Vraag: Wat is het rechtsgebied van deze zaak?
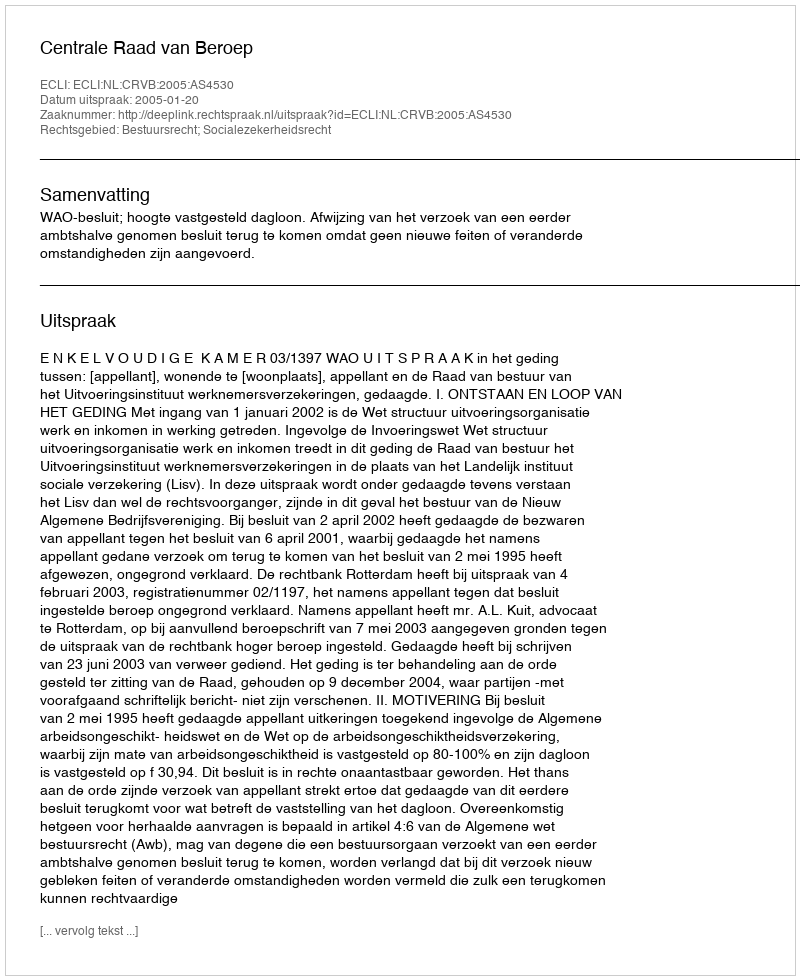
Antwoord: Bestuursrecht; Socialezekerheidsrecht